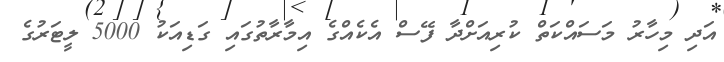
އަދި މިހާރު މަސައްކަތް ކުރިއަށްދާ ފޭސް އެކެއްގެ އިމާރާތުގައި ގަޑިއަކު 5000 ލީޓަރުގެ